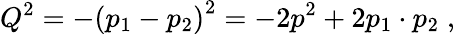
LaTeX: Q^{2}=-\left(p_{1}-p_{2}\right)^{2}=-2p^{2}+2p_{1}\cdot p_{2}\; ,